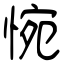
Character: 惋